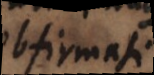
obfirmati.